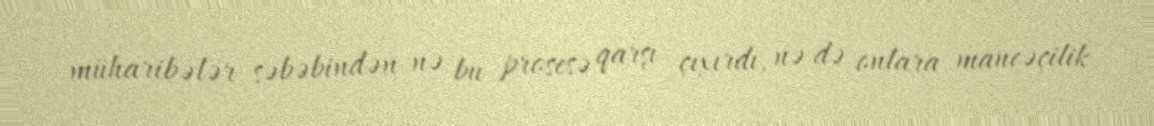
müharibələr səbəbindən nə bu prosesə qarşı çıxırdı, nə də onlara maneəçilik